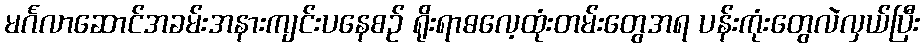
မင်္ဂလာဆောင်အခမ်းအနားကျင်းပနေစဉ် ရိုးရာဓလေ့ထုံးတမ်းတွေအရ ပန်းကုံးတွေလဲလှယ်ပြီး